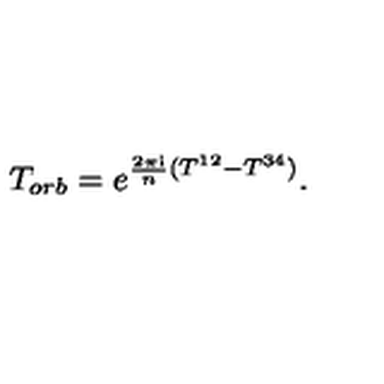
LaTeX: T _ { o r b } = e ^ { \frac { 2 \pi \mathrm { i } } { n } ( T ^ { 1 2 } - T ^ { 3 4 } ) } .